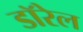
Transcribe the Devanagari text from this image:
डॉरेल